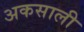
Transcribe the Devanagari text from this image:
अकसाली